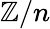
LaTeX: \mathbb{Z}/n